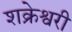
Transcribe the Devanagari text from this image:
शक्रेश्वरी